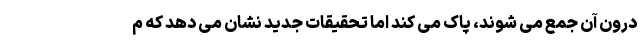
درون آن جمع می شوند، پاک می کند اما تحقیقات جدید نشان می دهد که م